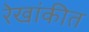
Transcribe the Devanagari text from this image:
रेखांकीत